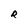
Character: R